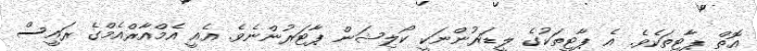
އޮތް ޕާޓީތަކެވެ. އެ ޕާޓީތަކުގެ ލީޑަރުންނަކީ ކޯލިޝަން ޕާޓަރުންނެވެ. އެއީ އެމްއާރްއެމްގެ ރައީސް